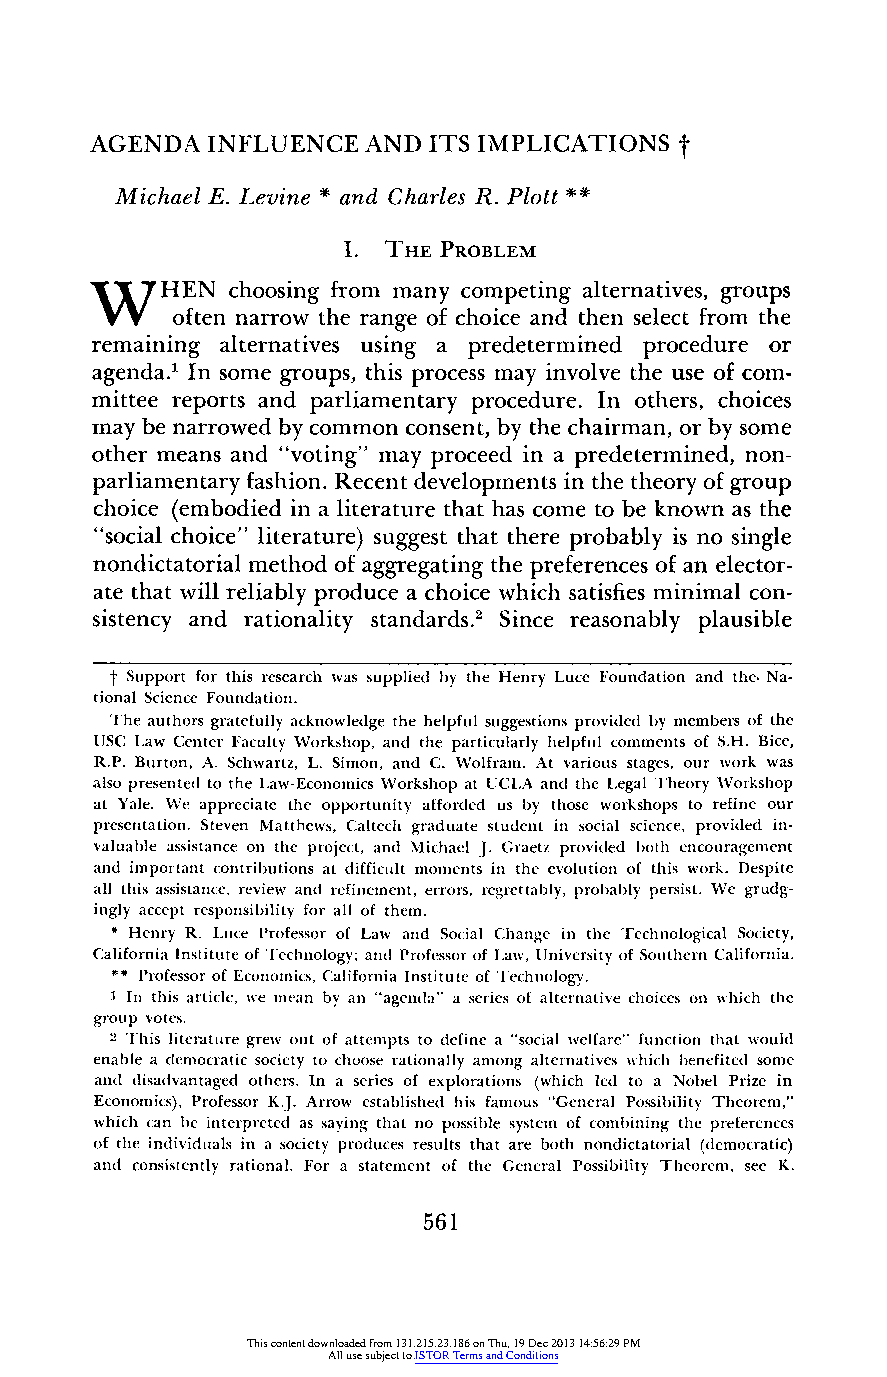
AGENDA  INFLUENCE AND ITS IMPLICATIONS t
 Michael E. Levine * and Charles R. Plott **
 I. THE PROBLEM
 W
 7HEN   choosingf romm anyc ompetinga lternativesg, roups
 often narrow the range of choice and then select from the
 remaining alternatives using a predetermined procedure or
 agenda.' In some groups, this process may involve the use of com-
 mittee reports and parliamentary procedure. In others, choices
 may be narrowed by common consent,b y the chairman,o r by some
 other means and "voting" may proceed in a predetermined,n on-
 parliamentaryf ashion.R ecent developmentsi n the theoryo f group
 choice (embodied in a literaturet hat has come to be known as the
 "social choice" literature) suggest that there probably is no single
 nondictatorialm ethod of aggregatingt he preferenceso f an elector-
 ate that will reliably produce a choice which satisfiesm inimal con-
 sistency and rationality standards.2 Since reasonably plausible
 t Support for this research was supplied by the Henry Luce Foundation and the. Na-
 tional Science Foundation.
 The authors gratefullya cknowledge the helpful suggestionsp rovided by memberso f the
 USC Law Center Faculty Workshop, and the particularlyh elpful comments of S.H. Bice,
 R.P. Burton, A. Schwartz, L. Simon, and C. Wolfram. At various stages, our work was
 also presented to the Law-Economics Workshop at UCLA and the Legal Theory Workshop
 at Yale. We appreciate the opportunity afforded us by those workshops to refine our
 presentation. Steven Matthews, Caltech graduate student in social science, provided in-
 valuable assistance on the project, and Michael J. Graetz provided both encouragement
 and important contributionsa t difficultm oments in the evolution of this work. Despite
 all this assistance,r eview and refinement,e rrors,r egrettablyp, robably persist. We grudg-
 ingly accept responsibilityf or all of them.
 * Henry R. Luce Professoro f Law and Social Change in the Technological Society,
 California Instituteo f Technology; and Professoro f Law, Universityo f Southern California.
 ** Professoro f Economics,C alifornia Instituteo f Technology.
 1 In this article, we mean by an "agenda" a series of alternative choices on which the
 group votes.
 2 This literatureg rew out of attempts to (definea "social welfare" function that would
 enable a democratic society to choose rationally among alternatives which benefited some
 and disadvantaged others. In a series of explorations (which led to a Nobel Prize in
 Economics), ProfessorK .J. Arrow established his famous "General Possibility Theorem,"
 which can be interpreteda s saying that no possible systemo f combining the preferences
 of the individuals in a society produces results that are both nondictatorial (democratic)
 and consistentlyr ational. For a statement of the General Possibility Theorem, see K.
 561
 This content downloaded from 131.215.23.186 on Thu, 19 Dec 2013 14:56:29 PM
 All use subject to JSTOR Terms and Conditions